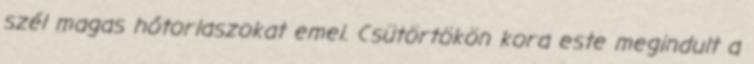
szél magas hótorlaszokat emel. Csütörtökön kora este megindult a